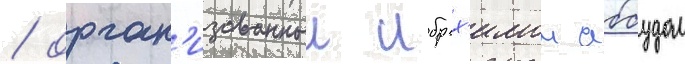
/ орган'изованныи ибрах'имом аббудом